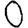
Digit: 0